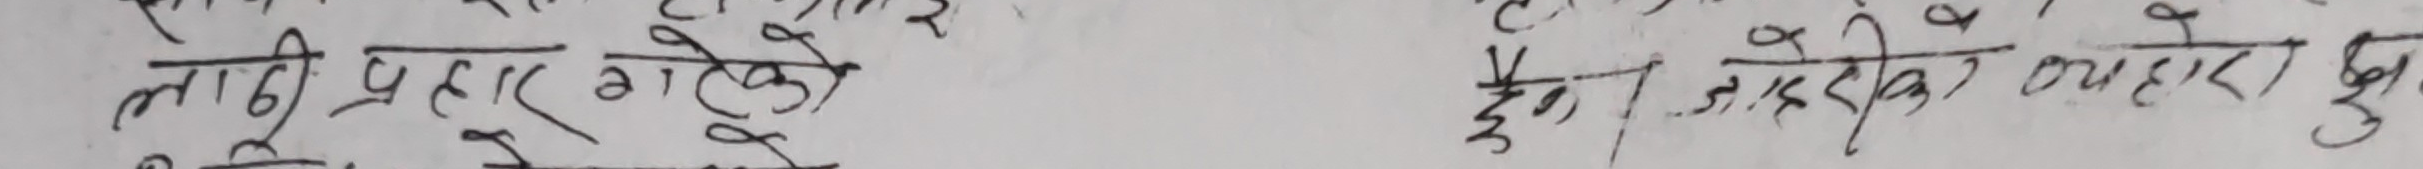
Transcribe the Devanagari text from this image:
लागी प्रहार गरेको
हुन। अझै देखाएका कुरा